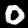
Digit: 0